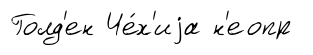
Голд'ен Че́х'иjа н'еопр